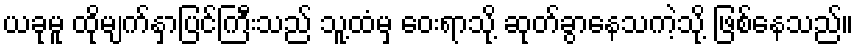
ယခုမူ ထိုမျက်နှာပြင်ကြီးသည် သူ့ထံမှ ဝေးရာသို့ ဆုတ်ခွာနေသကဲ့သို့ ဖြစ်နေသည်။